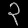
Digit: ၃